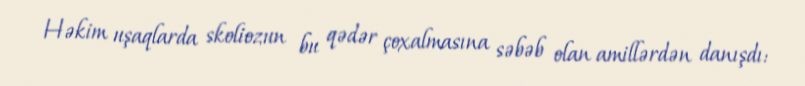
Həkim uşaqlarda skoliozun bu qədər çoxalmasına səbəb olan amillərdən danışdı: